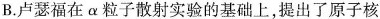
B.卢瑟福在α粒子散射实验的基础上，提出了原子核